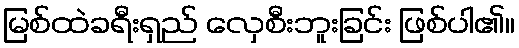
မြစ်ထဲခရီးရှည် လှေစီးဘူးခြင်း ဖြစ်ပါ၏။